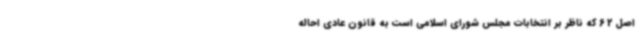
اصل 62 که ناظر بر انتخابات مجلس شورای اسلامی است به قانون عادی احاله